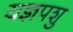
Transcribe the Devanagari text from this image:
यज्ञपशु